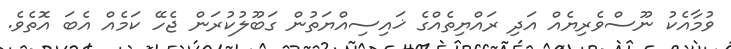
ވުމާއެކު ނޫސްވެރިޔެއް އަދި ރައްޔިތެއްގެ ޚައިސިއްޔަތުން ގަބޫލުކުރަން ޖެހޭ ކަމެއް އެބަ އޮތެވެ.